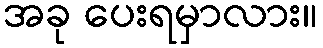
အခု ပေးရမှာလား။